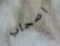
اصحاب